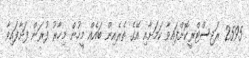
2595 ރަޖިސްޓްރީކޮށްފައިވާ ކަމަށާއި އޭގެ ތެރެއިން ބައެއް މީހުން މިހާރު ފުރަން ފަށާފައިވާ